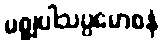
မစ္စုပါသပ္ပမောစနံ